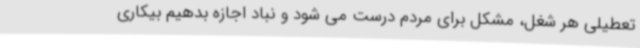
تعطیلی هر شغل، مشکل برای مردم درست می شود و نباد اجازه بدهیم بیکاری